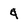
Character: 4